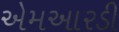
એમઆરડી